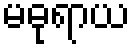
မဓုရာယ